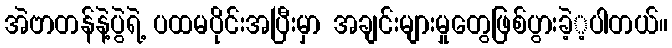
အဲဗာတန်နဲ့ပွဲရဲ့ ပထမပိုင်းအပြီးမှာ အချင်းများမှုတွေဖြစ်ပွားခဲ့့ပါတယ်။